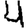
Digit: 4